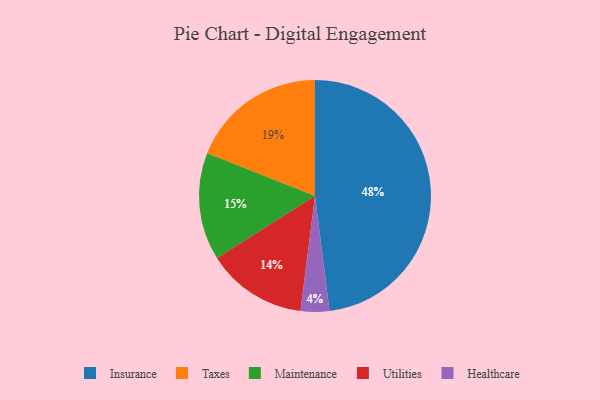
{"axis": {"x": "Category", "y": "Percentage"}, "legend": ["Healthcare", "Insurance", "Maintenance", "Taxes", "Utilities"], "data": [{"x": "Maintenance", "y": 15, "type": "Maintenance"}, {"x": "Insurance", "y": 48, "type": "Insurance"}, {"x": "Utilities", "y": 14, "type": "Utilities"}, {"x": "Healthcare", "y": 4, "type": "Healthcare"}, {"x": "Taxes", "y": 19, "type": "Taxes"}]}